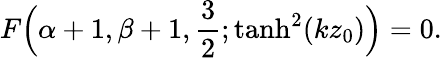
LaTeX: F\Bigl(\alpha+1,\beta+1,\frac{3}{2};\operatorname{tanh}^{2}(kz_{0})\Bigr)=0.